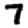
Digit: 7